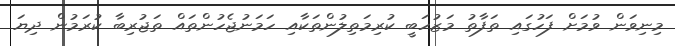
މިނިވަން ވުމަށް ފަހުގައި ތަފާތު މަޒުހަބީ ކުރިމަތިލުންތަކާއި ހަމަނުޖެހުންތައް ތަޖުރިބާ ކުރަމުން ދިޔަ